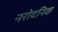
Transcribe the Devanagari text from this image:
नरोदनिक